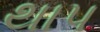
થાપ